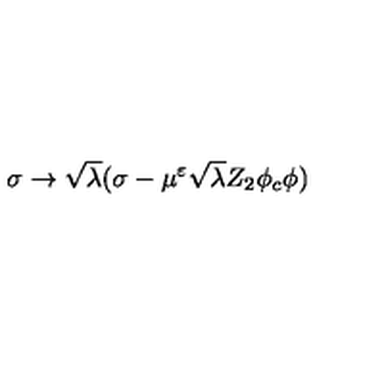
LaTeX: \sigma \rightarrow \sqrt { \lambda } ( \sigma - \mu ^ { \varepsilon } \sqrt { \lambda } Z _ { 2 } \phi _ { c } \phi )